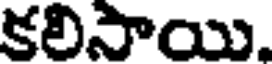
కలిసాయి.